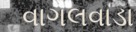
વાગલવાડા